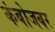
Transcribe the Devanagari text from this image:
कंबोजवर